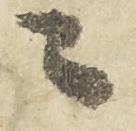
ニ